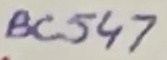
Text: BC547